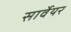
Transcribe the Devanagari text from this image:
सार्वेयर